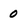
Character: 0